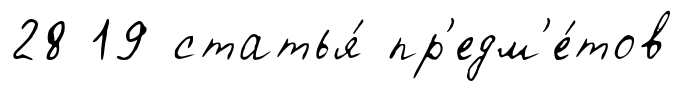
28 19 статья́ пр'едм'е́тов